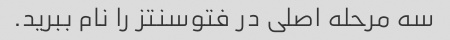
سه مرحله اصلی در فتوسنتز را نام ببرید.